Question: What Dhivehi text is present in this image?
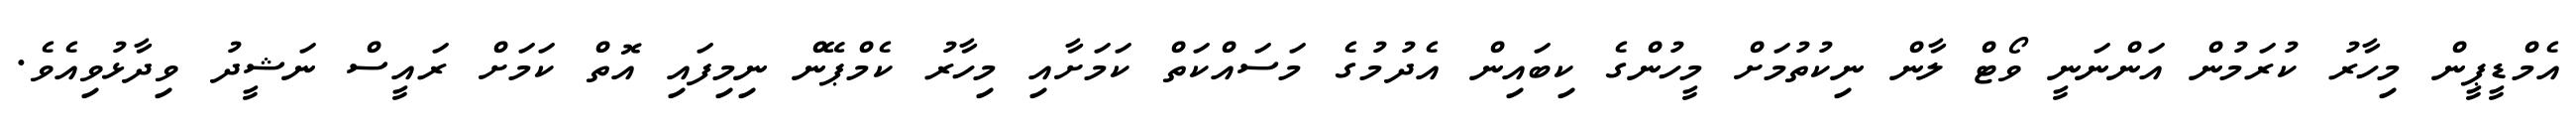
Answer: އެމްޑީޕީން މިހާރު ކުރަމުން އަންނަނީ ވޯޓް ލާން ނިކުތުމަށް މީހުންގެ ކިބައިން އެދުމުގެ މަސައްކަތް ކަމަށާއި މިހާރު ކެމްޕޭން ނިމިފައި އޮތް ކަމަށް ރައީސް ނަޝީދު ވިދާޅުވިއެވެ.